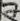
Text: 7